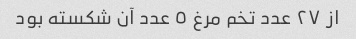
از ٢٧ عدد تخم مرغ ٥ عدد آن شکسته بود